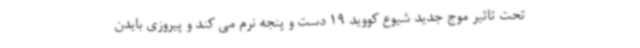
تحت تاثیر موج جدید شیوع کووید 19 دست و پنجه نرم می کند و پیروزی بایدن